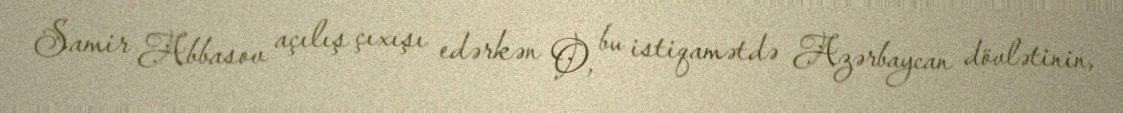
Samir Abbasov açılış çıxışı edərkən O, bu istiqamətdə Azərbaycan dövlətinin,